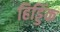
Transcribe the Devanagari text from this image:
हिड्डिंक